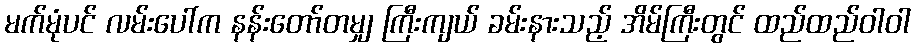
မက်မုံပင် လမ်းပေါ်က နန်းတော်တမျှ ကြီးကျယ် ခမ်းနားသည့် အိမ်ကြီးတွင် ထည်ထည်ဝါဝါ